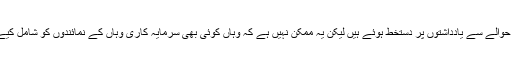
’ابھی تو صرف اس حوالے سے یادداشتوں پر دستخط ہوئے ہیں لیکن یہ ممکن نہیں ہے کہ وہاں کوئی بھی سرمایہ کاری وہاں کے نمائندوں کو شامل کیے بغیر کی جاسکے۔